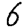
Digit: 6